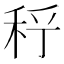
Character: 𥞉